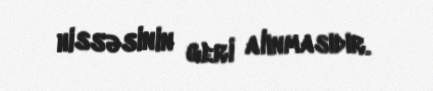
hissəsinin geri alınmasıdır.